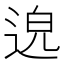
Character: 𨓅